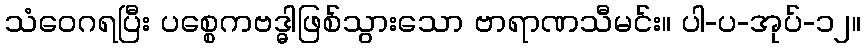
သံဝေဂရပြီး ပစ္စေကဗဒ္ဓါဖြစ်သွားသော ဗာရာဏသီမင်း။ ပါ-ပ-အုပ်-၁၂။